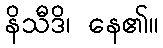
နိသီဒိ၊ နေ၏။